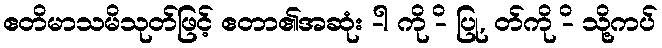
ဧတိမာသမိသုတ်ဖြင့် ဧတာ၏အဆုံး -ါ ကို -ိ ပြု, တ်ကို -ိ သို့ကပ်